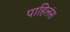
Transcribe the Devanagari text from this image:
पाहिलंस